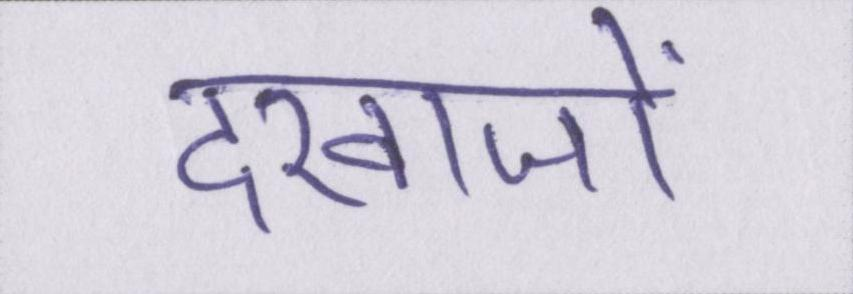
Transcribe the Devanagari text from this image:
दरवाजों